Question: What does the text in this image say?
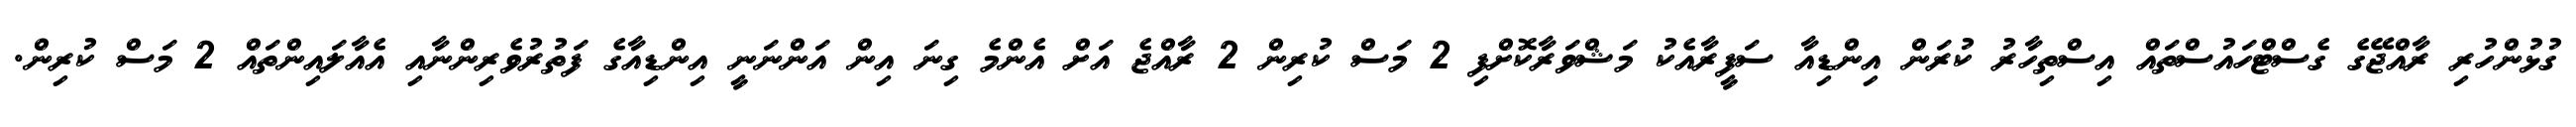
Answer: ގުޅުންހުރި ރާއްޖޭގެ ގެސްޓްހައުސްތައް އިސްތިހާރު ކުރަން އިންޑިއާ ސަފީރާއެކު މަޝްވަރާކޮށްފި 2 މަސް ކުރިން 2 ރާއްޖެ އަށް އެންމެ ގިނަ އިން އަންނަނީ އިންޑިއާގެ ފަތުރުވެރިންނާއި އެއާލައިންތައް 2 މަސް ކުރިން.